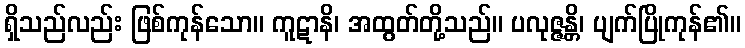
ရှိသည်လည်း ဖြစ်ကုန်သော။ ကူဋာနိ၊ အထွတ်တို့သည်။ ပလုဇ္ဇန္တိ၊ ပျက်ပြိုကုန်၏။